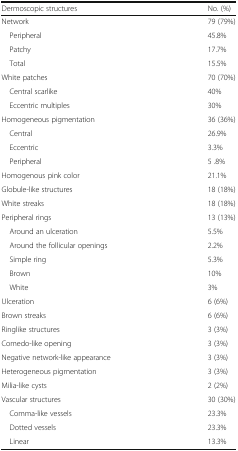
| Dermoscopic structures | No. (%) |
 | --- | --- |
 | Network | 79 (79%) |
 | Peripheral | 45.8% |
 | Patchy | 17.7% |
 | Total | 15.5% |
 | White patches | 70 (70%) |
 | Central scarlike | 40% |
 | Eccentric multiples | 30% |
 | Homogeneous pigmentation | 36 (36%) |
 | Central | 26.9% |
 | Eccentric | 3.3% |
 | Peripheral | 5 .8% |
 | Homogenous pink color | 21.1% |
 | Globule-like structures | 18 (18%) |
 | White streaks | 18 (18%) |
 | Peripheral rings | 13 (13%) |
 | Around an ulceration | 5.5% |
 | Around the follicular openings | 2.2% |
 | Simple ring | 5.3% |
 | Brown | 10% |
 | White | 3% |
 | Ulceration | 6 (6%) |
 | Brown streaks | 6 (6%) |
 | Ringlike structures | 3 (3%) |
 | Comedo-like opening | 3 (3%) |
 | Negative network-like appearance | 3 (3%) |
 | Heterogeneous pigmentation | 3 (3%) |
 | Milia-like cysts | 2 (2%) |
 | Vascular structures | 30 (30%) |
 | Comma-like vessels | 23.3% |
 | Dotted vessels | 23.3% |
 | Linear | 13.3% |